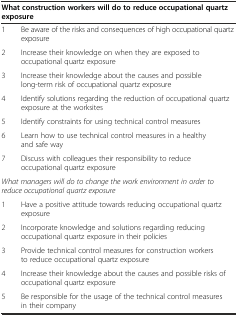
| <COLSPAN=2> What construction workers will do to reduce occupational quartz exposure |
 | --- | --- |
 | 1 | Be aware of the risks and consequences of high occupational quartz exposure |
 | 2 | Increase their knowledge on when they are exposed to occupational quartz exposure |
 | 3 | Increase their knowledge about the causes and possible long-term risk of occupational quartz exposure |
 | 4 | Identify solutions regarding the reduction of occupational quartz exposure at the worksites |
 | 5 | Identify constraints for using technical control measures |
 | 6 | Learn how to use technical control measures in a healthy and safe way |
 | 7 | Discuss with colleagues their responsibility to reduce occupational quartz exposure |
 | <COLSPAN=2> What managers will do to change the work environment in order to reduce occupational quartz exposure |
 | 1 | Have a positive attitude towards reducing occupational quartz exposure |
 | 2 | Incorporate knowledge and solutions regarding reducing occupational quartz exposure in their policies |
 | 3 | Provide technical control measures for construction workers to reduce occupational quartz exposure |
 | 4 | Increase their knowledge about the causes and possible risks of occupational quartz exposure |
 | 5 | Be responsible for the usage of the technical control measures in their company |